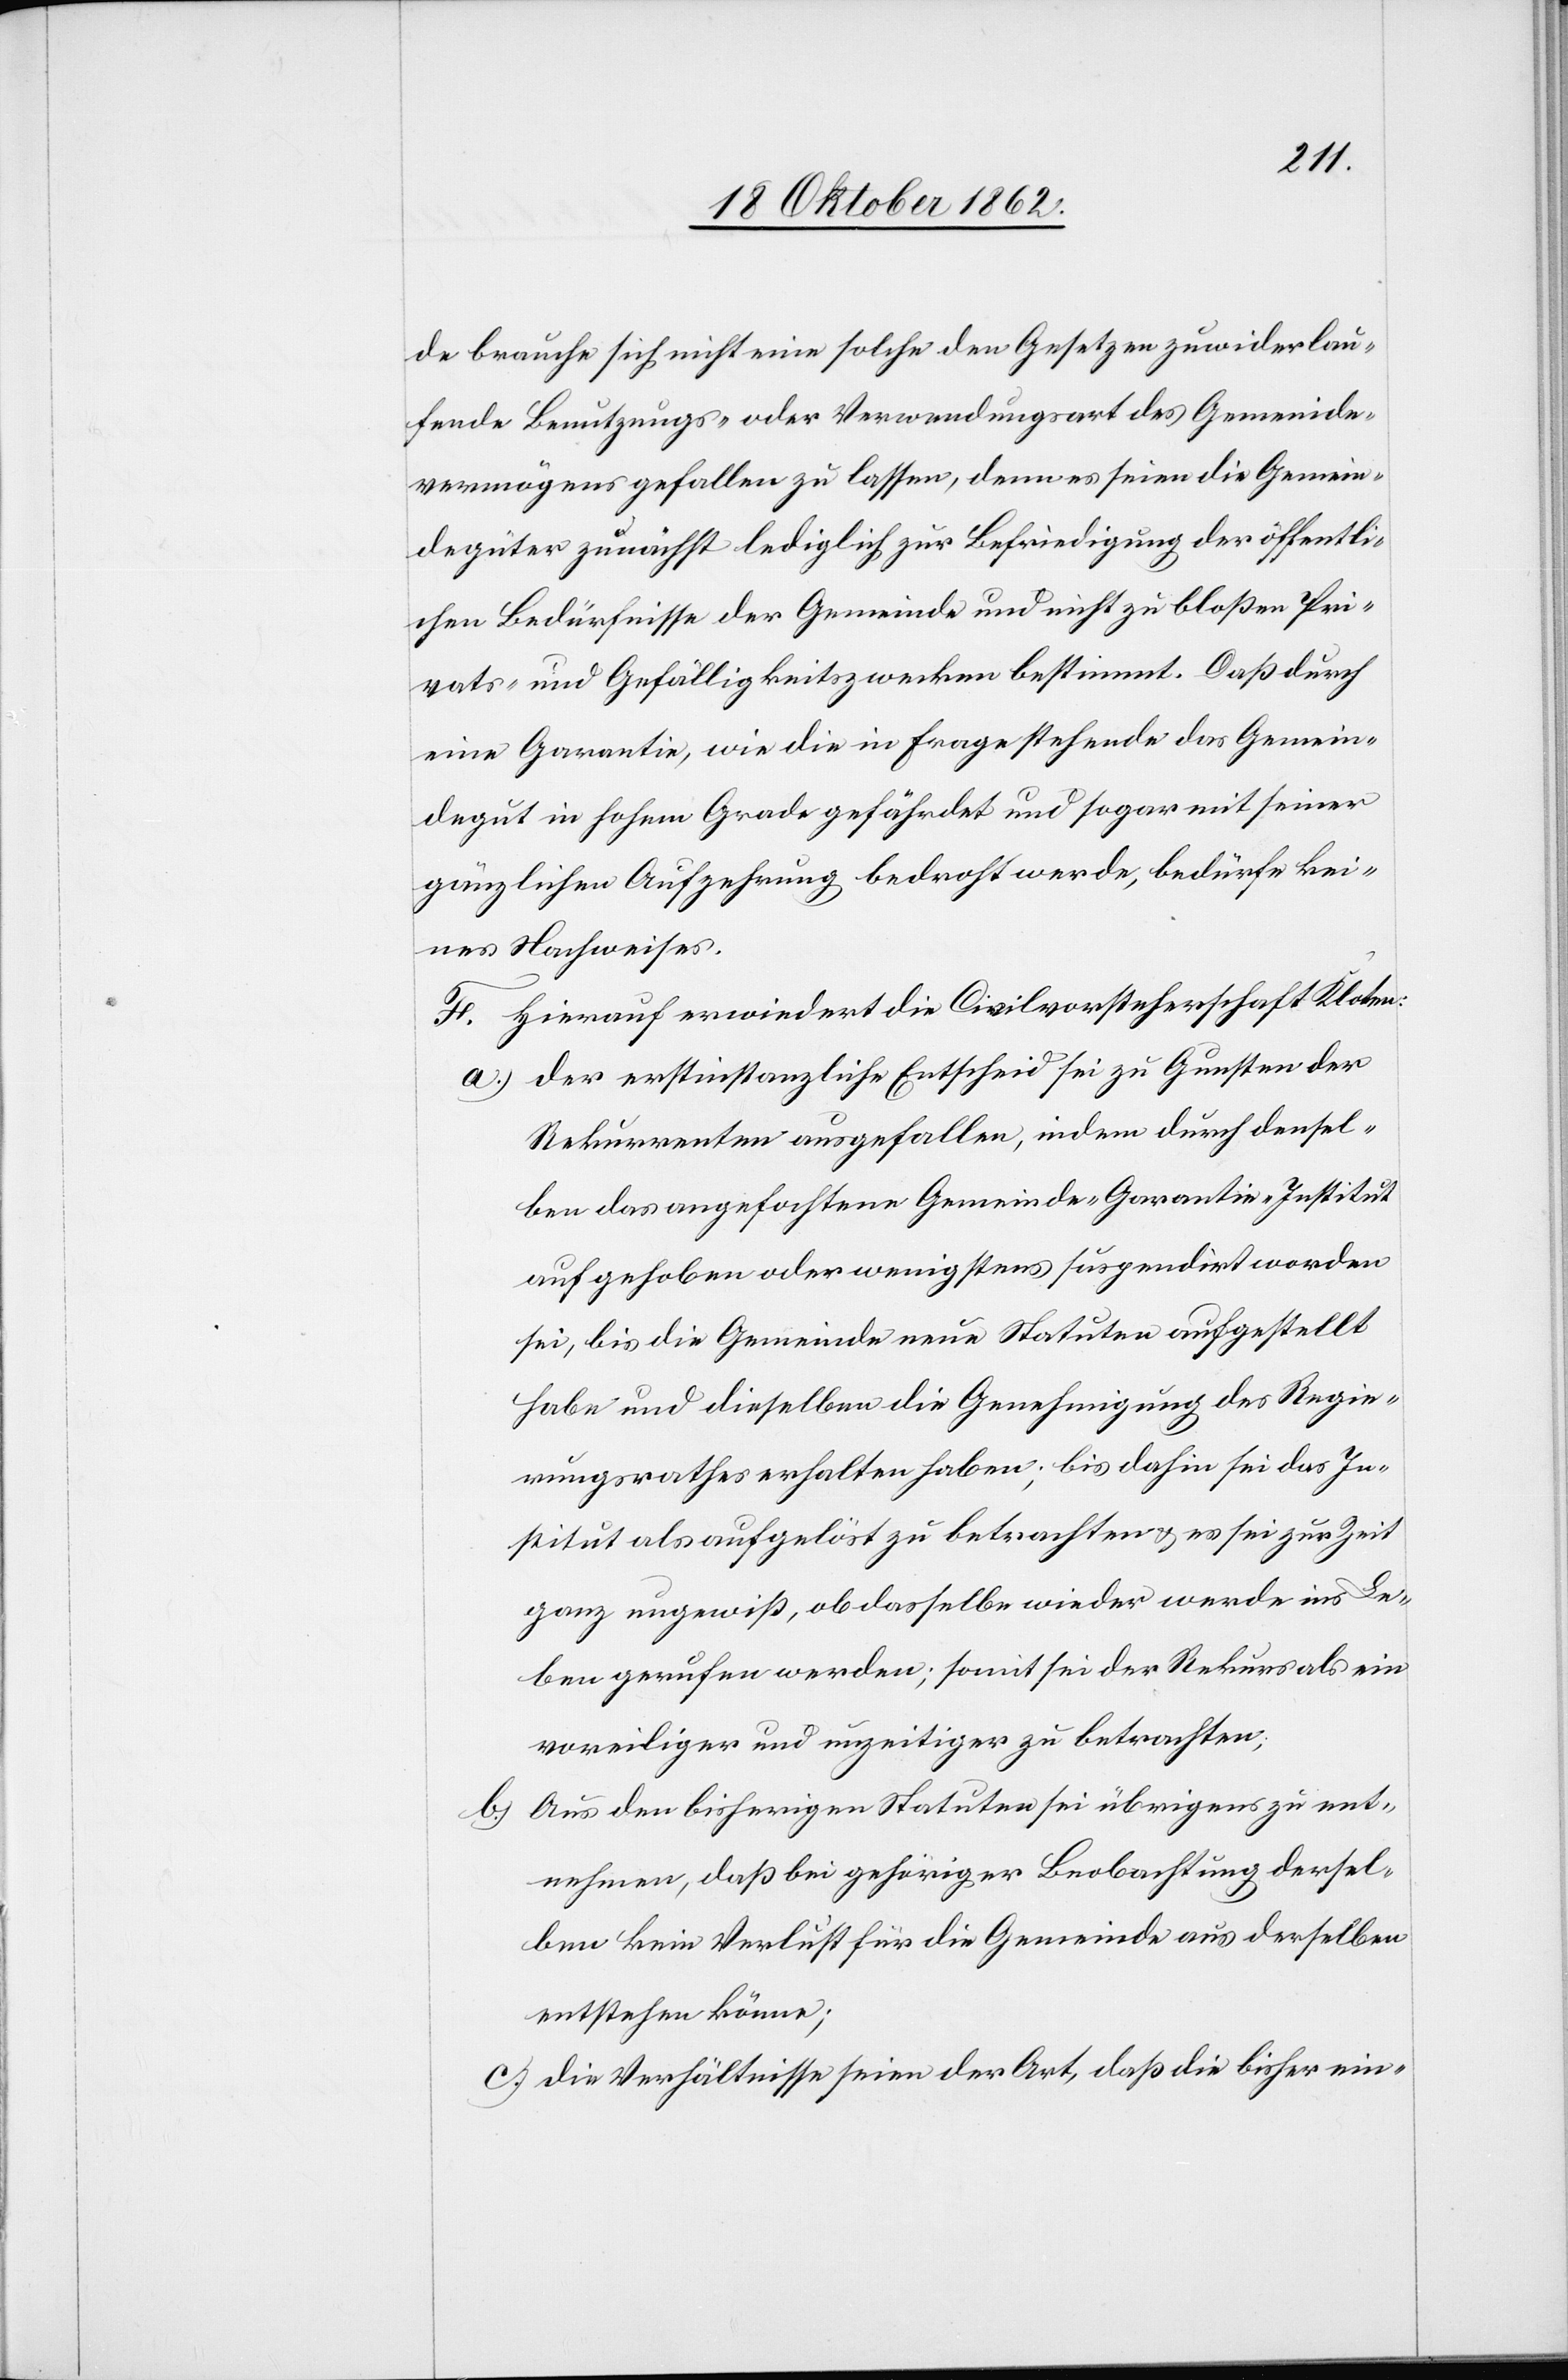
de brauche sich nicht eine solche den Gesetzen zuwiderlau¬
fende Benutzungs- oder Verwendungsart des Gemeinde¬
vermögens gefallen zu lassen, denn es seien die Gemein¬
degüter zunächst lediglich zur Befriedung der öffentli¬
chen Bedürfnisse der Gemeinde und nicht zu bloßen Pri¬
vats- und Gefälligkeitszwecken bestimmt. Daß durch
eine Garantie, wie die in Frage stehende das Gemein¬
degut in hohem Grade gefährdet und sogar mit seiner
gänzlichen Aufzehung bedroht werde, bedürfe kei¬
nes Nachweises.
F. Hierauf erwiedert die Civilvorsteherschaft Kloten:
a) der erstinstanzliche Entscheid sei zu Gunsten der
Rekurrenten ausgefallen, indem durch densel¬
ben das angefochtene Gemeinde-Grantie-Institut
aufgehoben oder wenigstens suspendirt worden
sei, bis die Gemeinde neue Statuten aufgestellt
habe und dieselben die Genehmigung des Regie¬
rungsrathes erhalten haben; bis dahin sei das In¬
stitut als aufgelöst zu betrachten u. es sei zur Zeit
ganz ungewiß, ob dasselbe wieder werde ins Le¬
ben gerufen werden; somit sei der Rekurs als ein
voreiliger und unzeitiger zu betrachten;
b) Aus den bisherigen Statuten sei übrigens zu ent¬
nehmen, daß bei gehöriger Beobachtung dersel¬
ben kein Verlust für die Gemeinde aus derselben
entstehen könne;
c) die Verhältnisse seien der Art, daß die bisher ein-